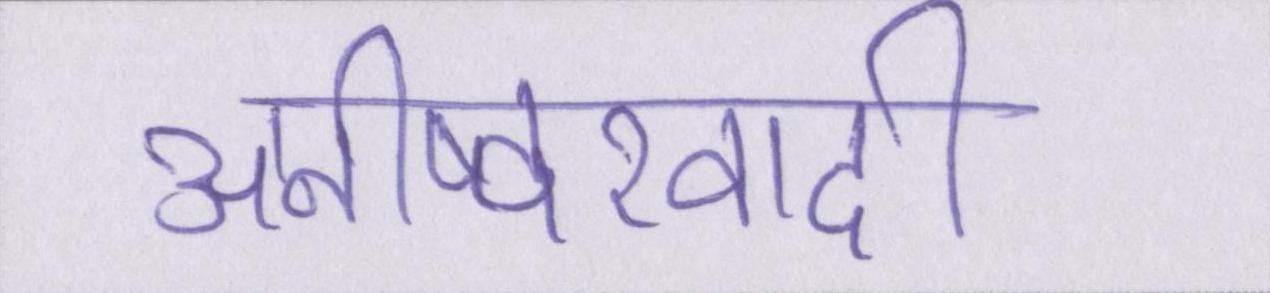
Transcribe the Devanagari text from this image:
अनीष्वरवादी